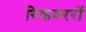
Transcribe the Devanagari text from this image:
रिकवररों